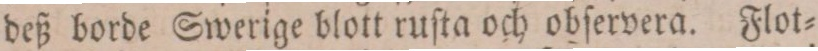
deß borde Swerige blott ruſta och obſervera. Flot=